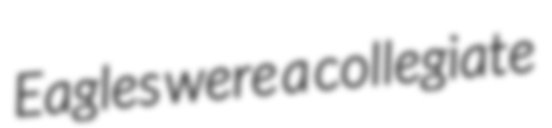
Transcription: Eagles were a collegiate